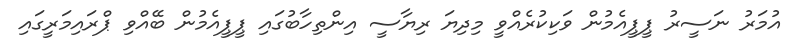
އުމަރު ނަސީރު ޕީޕީއެމުން ވަކިކުރެއްވީ މިދިޔަ ރިޔާސީ އިންތިހާބުގައި ޕީޕީއެމުން ބޭއްވި ޕްރައިމަރީގައި